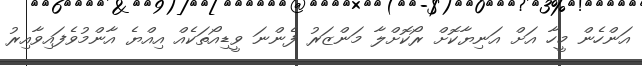
އަންހެން މީހާ އަށް އަނިޔާކޮށް ރޯކޮށްލާ މަންޒަރު ފެންނަ ވީޑިއޯތަކެއް އިއްޔެ އާންމުވެފައިވާއިރު